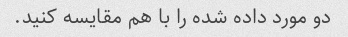
دو مورد داده شده را با هم مقایسه کنید.